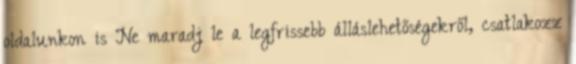
oldalunkon is Ne maradj le a legfrissebb álláslehetőségekről, csatlakozz